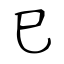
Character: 巳